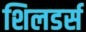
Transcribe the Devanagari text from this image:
शिलडर्स